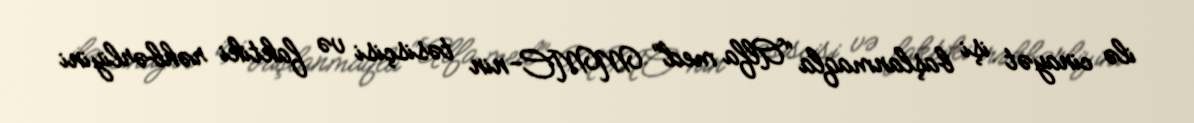
ilə cinayət işi başlanmaqla “Alfa med” MMC-nin təsisçisi və faktiki rəhbərliyini